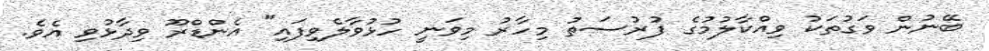
ބޭނުން ވަގުތަކު ވިއްކާލުމުގެ ފުރުސަތު މިހާރު މިވަނީ ހުޅުވާލެވިފައި" އެންޑްރޫ ވިދާޅުވި އެވެ.